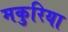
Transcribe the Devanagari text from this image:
मकुरिया